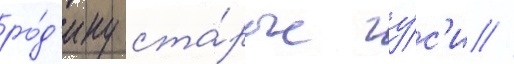
ро́д'ину ста́рые гу́с'и //